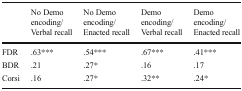
<table><thead><tr><td></td><td><b>No Demo encoding/Verbal recall</b></td><td><b>No Demo encoding/Enacted recall</b></td><td><b>Demo encoding/ Verbal recall</b></td><td><b>Demo encoding/ Enacted recall</b></td></tr></thead><tbody><tr><td>FDR</td><td>.63***</td><td>.54***</td><td>.67***</td><td>.41***</td></tr><tr><td>BDR</td><td>.21</td><td>.27*</td><td>.16</td><td>.17</td></tr><tr><td>Corsi</td><td>.16</td><td>.27*</td><td>.32**</td><td>.24*</td></tr></tbody></table>